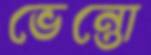
ভেন্তো